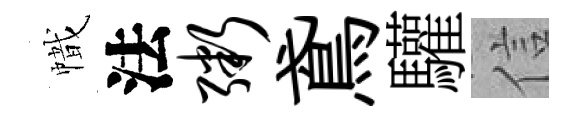
幟法粥鳶驩信